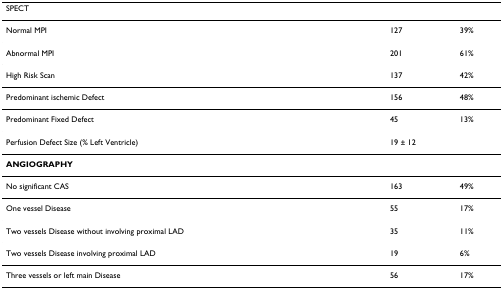
<table><thead><tr><td><b>SPECT</b></td><td></td><td></td></tr></thead><tbody><tr><td>Normal MPI</td><td>127</td><td>39%</td></tr><tr><td>Abnormal MPI</td><td>201</td><td>61%</td></tr><tr><td>High Risk Scan</td><td>137</td><td>42%</td></tr><tr><td>Predominant ischemic Defect</td><td>156</td><td>48%</td></tr><tr><td>Predominant Fixed Defect</td><td>45</td><td>13%</td></tr><tr><td>Perfusion Defect Size (% Left Ventricle)</td><td>19 ± 12</td><td></td></tr><tr><td><b>ANGIOGRAPHY</b></td><td></td><td></td></tr><tr><td>No significant CAS</td><td>163</td><td>49%</td></tr><tr><td>One vessel Disease</td><td>55</td><td>17%</td></tr><tr><td>Two vessels Disease without involving proximal LAD</td><td>35</td><td>11%</td></tr><tr><td>Two vessels Disease involving proximal LAD</td><td>19</td><td>6%</td></tr><tr><td>Three vessels or left main Disease</td><td>56</td><td>17%</td></tr></tbody></table>